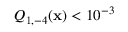
Q _ { 1 , - 4 } ( \mathbf { x } ) < 1 0 ^ { - 3 }